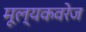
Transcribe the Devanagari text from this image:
मूल्यकवरेज